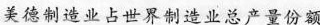
美德制造业占世界制造业总产量份额